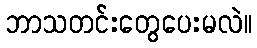
ဘာသတင်းတွေပေးမလဲ။